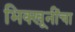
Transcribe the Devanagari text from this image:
भिक्खूनींचा